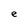
Character: e